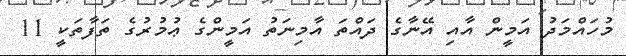
މުހައްމަދު އަމީން އާއި އޭނާގެ ދައްތަ އާމިނަތު އަމީންގެ ޢުމުރުގެ ތަފާތަކީ 11